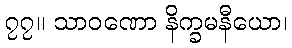
၇၇။ သာဝဏော နိက္ခမနီယော၊